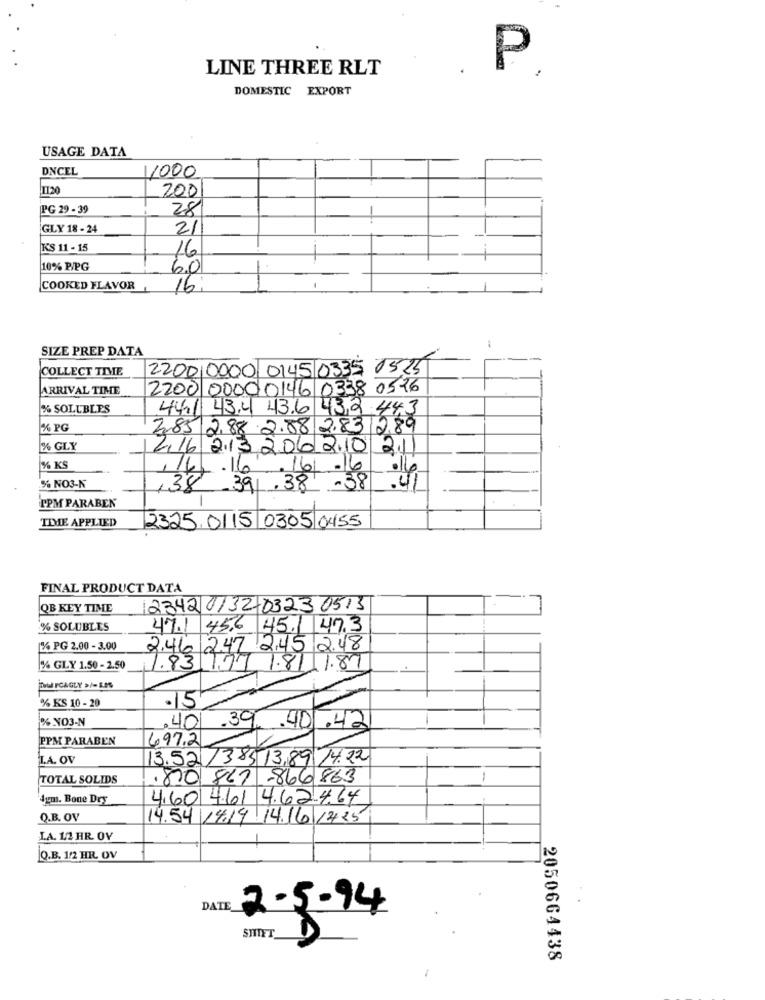
LINE THREE RLT
P
DOMESTIC EXPORT
USAGE DATA
DNCEL
11000
IT20
200
[PG 29 - 39
28
GLY 18 - 24
21
KS 11 - 15
16
10% P/PG
6.0
COOKED FLAVOR
16
SIZE PREP DATA
-
COLLECT TIME
2200 0000 0145 /0335 0525
ARRIVAL TIME
2200 0000 0146 0338 0516
% SOLUBLES
44.1 43.4 43.6 432 443
1% PG
2,85/2,88 2.88 2.83 2.89
% GLY
216 213 206 2.10 2.11
% KS
1/4.16
.16 .16
% NO3-N
/38.39.38 -38
.41
-
FPM PARABEN
TIME APPLIED
2325.0115 0305 0455
FINAL PRODUCT DATA
QB KEY TIME
23420132-03230513
-
% SOLUBLES
47.1 45.6 45.1 47.3
[% PG 2.00 - 3.00
2.46 2.47 2,45 2.48
% GLY 1.50 - 2.50
1.83 177 1.81 1.87
jDN FCAGLY >/= SES
% KS 10 - 20
.15
% NO3-N
. 40.39
.401.42
PPM PARABEN
697.2
I.A. OV
13.52/38313,89 14.22
TOTAL SOLIDS
.870 867 -866 863
-
4gmt. Bone Dry
4,60 4.61 4.62.4.64
Q.B. OV
14.54 14.14 14.16 1425
LA. 12 HR. OV
Q.B. 1/2 HR. OV
DATE
2-5-94
SHIFT
2050664438